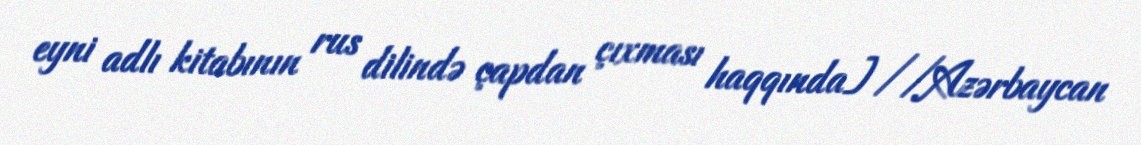
eyni adlı kitabının rus dilində çapdan çıxması haqqında] //Azərbaycan